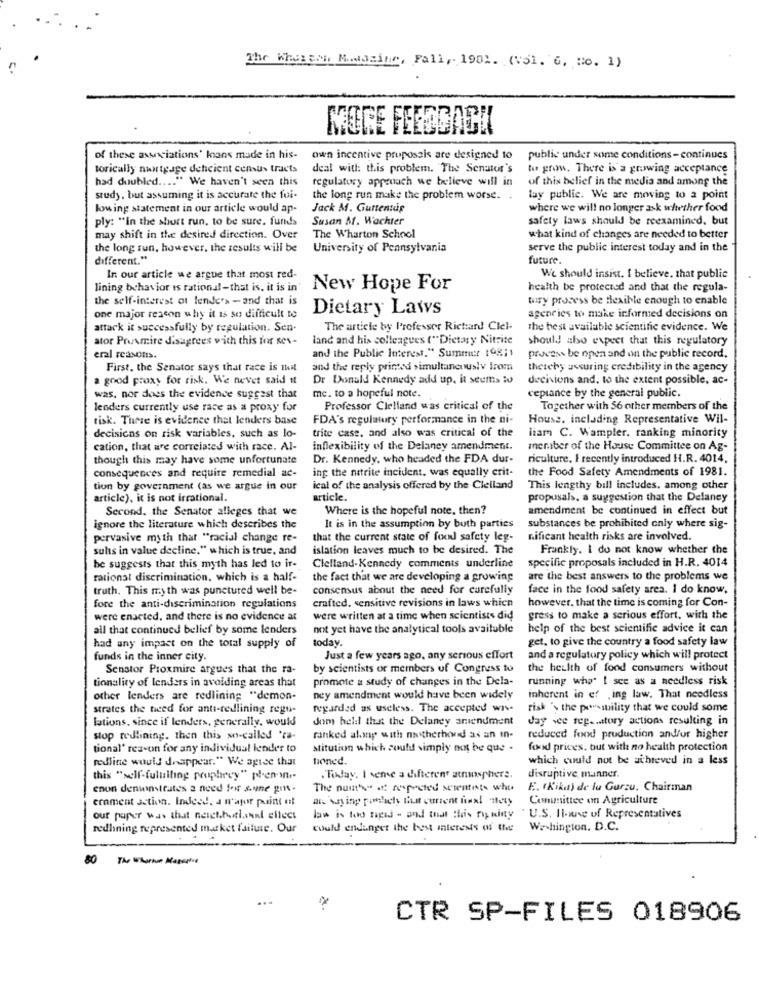
The Wheaten Mawazine, Fall, 1902. (vol. 6. No. 1)
MORE FEEDBACK
of these associations' loans made in his-
own incentive proposais are designed to
public under some conditions-continues
torically nunrtgage deheient census tracts
deal with this problem. The Senator's
to grow. There is a growing acceptance
had doubled .... " We haven't seen this
regulatury approach we believe will in
of this belief in the media and among the
study, but assuming it is accurate the fui-
the long run make the problem worse. .
lay public. We are moving to a point
low ing statement in our article would ap-
Jack M. Guttentag
where we will no longer ask whether food
ply: "in the short run, to be sure. furtds
Susan M. Wachter
safety laws should be reexamined, but
may shift in the desired direction. Over
The Wharton School
what kind of changes are needed to better
the long run, however, the results will be
University of Pennsylvania
serve the public interest today and in the
different."
future.
In our article we argue that most red-
We should insist. I believe, that public
lining behavior is rational-that is, it is in
New Hope For
health be protected and that the regula-
the self-interest of lenders - and that is
tury process be flexible enough to enable
Dietary Laws
agencies to make informed decisions on
one major reason why it is so difficult to
attack it successfully by regulation. Sen-
The article by Professor Richard Clel-
the best available scientific evidence. We
ator Premire disagrees with this for ses-
land and his colleagues ("Dietary Nitrite
should also expect that this regulatory
and the Public Interest." Summer 19811
eral reasons.
process be open and on the public record,
First, the Senator says that race is mit
and the reply printed simultaneously from
thetehy assuring credibility in the agency
a good proxy for risk. We never said it
Dr Donald Kennedy add up. it seems iv
decisions and. to the extent possible, ac-
was, nor does the evidence suggest that
mc. to a hopeful note.
ceptance by the general public.
lenders currently use race as a proxy for
Professor Clelland was critical of the
Together with 56 other members of the
tisk. There is evidence that lenders base
FDA's regulatury performance in the ni-
House, including Representative Wil-
trite case, and also was critical of the
decisions on risk variables, such as lo-
liam C. Wampler. ranking minority
cation, that are correlated with race. Al-
inDexibility of the Delaney amendment.
member of the House Committee on Ag-
though this may have some unfortunate
Dr. Kennedy, who headed the FDA dur-
riculture, I recently introduced H.R. 4014.
consequences and require remedial ac-
ing the netrite incident. was equally crit-
the Food Safety Amendments of 1981.
tion by government (as we argue in our
ical of the analysis offered by the Clelland
This lengthy bill includes, among other
article), it is not irrational.
article.
propusals, a suggestion that the Delaney
Second. the Senator alleges that we
Where is the hopeful note, then?
amendment be continued in effect but
ignore the literature which describes the
It is in the assumption by both parties
substances be prohibited only where sig-
pervasive myth that "racial change re-
that the current state of food safety leg-
nificant health risks are involved.
sulis in value decline," which is true, and
islation leaves much to be desired. The
Frankly. I do not know whether the
specific proposals included in H.R. 4014
be suggests that this myth has led to ir-
Clelland-Kennedy comments underline
rational discrimination, which is a half-
the fact that we are developing a growing
are the best answers to the problems we
truth. This my th was punctured well be-
consensus about the need for carefully
face in the food safety area. I do know,
crafted, sensitive revisions in laws which
however, that the time is coming for Con-
fore the anti-discrimination regulations
were enacted, and there is no evidence at
were written at a time when scientists did
gress to make a serious effort, with the
all that continued belief by some lenders
not yet have the analytical tools available
help of the best scientific advice it can
today.
get, to give the country a food safety law
had any impact on the total supply of
funds in the inner city.
Just a few years ago, any serious effort
and a regulatory policy which will protect
Senator Proxmire argues that the ra-
by scientists or members of Congress to
the health of food consumers without
tionality of lenders in avoiding areas that
promote a study of changes in the Dela-
running who' [ sce as a needless risk
other lenders are redlining "demon-
ney amendment would have been widely
inherent in ef .ing law. That needless
strates the need for anti-redlining regu-
regarded as useless. The accepted wis-
risk "> the pressbility that we could some
lations, since if lenders, generally, would
Jom helst that the Delaney amendment
Jay see rep .. attory actions resulting in
stop redlining. then this so-called 'ra-
ranked along with natherhond as an in-
reduced food production andfur higher
tional' res-on for any individual lender to
stitution which could simply not be que .
food prices. but with no health protection
redline would doappear." We agree that
tioned.
which could not be achieved in a less
this "self-fultilling prophecy" pl
. Tiklay. I seme a different atmosphere.
disruptive manner.
enon demonstrates a need for some got-
The nunthe" of respected sementes who
E. (Kika) de lu Gurzu. Chairman
ernment action. Indeed. a n'apor paint et
Comunittee on Agriculture
our paper was that neighborlanal effect
law is too faced - and that this rodiny . U.S. Ilcane of Representatives
reedhning represented market failure. Our
would endanger the best interests of the
Washington, D.C.
- ==
-
80
The Wire Magasine
CTR SP-FILES 018906